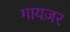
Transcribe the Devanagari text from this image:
गायज़र